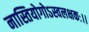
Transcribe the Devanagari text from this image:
नास्तियोगोऽस्वलक्षकः।।